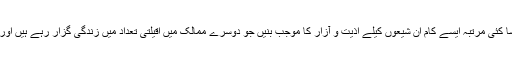
آیت اللہ بہجت نے اسی طرح عید زہرا کے نام سے منائی جانے والی محفلوں کے بارے میں کہا: چہ بسا کئی مرتبہ ایسے کام ان شیعوں کیلے اذیت و آزار کا موجب بنیں جو دوسرے ممالک میں اقیلتی تعداد میں زندگی گزار رہے ہیں اور اگر ایسے کاموں کی وجہ سے شیعوں کا قتل و کشتار ہوا تو ہم اس جرم میں برابر کے شریک ہونگے۔